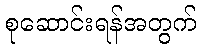
စုဆောင်းရန်အတွက်